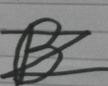
Signature authenticity: forged